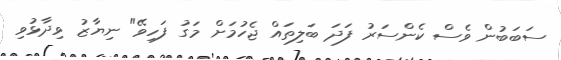
ސަބަބުން ވެސް ކެންސަރު ފަދަ ބަލިތައް ޖެހުމަށް މަގު ފަހިވޭ" ނިޔާޒު ވިދާޅުވި